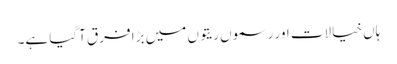
ہاں خیالات اور رسموں ریتوں میں بڑا فرق آگیا ہے۔